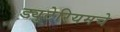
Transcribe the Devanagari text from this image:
ड्युटेरियमचे